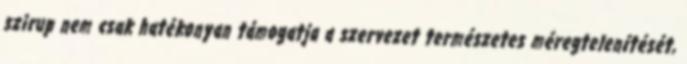
szirup nem csak hatékonyan támogatja a szervezet természetes méregtelenítését,